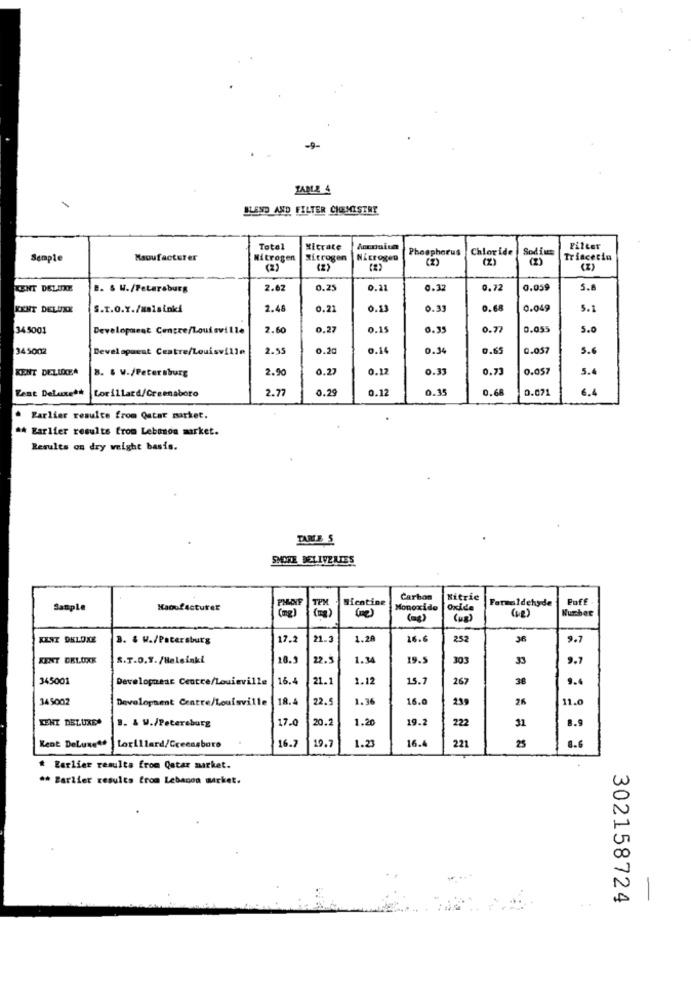
TABLE 4
BLEND AND FILTER CHEMISTRY
Total
Xitrate
Phosphorus
Chloride
Sod ins
Filter
Sample
Manufacturer
Nitrogen
Sitrogen
Nitrogen
(Z)
(2)
Triacerin
(2)
(2)
(Z)
CENT DELUXE
B. & H./Petersburg
2.62
0.25
0.21
0.32
0,72
0.059
5.8
KENT DELUXE
S.T.O.Y./malsinki
2.48
0.21
0.13
0.39
0.68
0.049
5.1
34 5001
Developarat Centre/Louisville
2.60
0.27
0.15
0.35
0.7
0,055
5.0
345002
Development Centre/Louisville
2.55
0.20
0.14
0.34
0.65
0.057
5.6
KENT DELLOCEA
8. & W./Petersburg
2.0
0.27
0.12
0.33
0.73
0.057
5.4
Kent Delaureth
2.77
0.29
0.12
0.35
0.68
0.071
6.4
Lorillard/Creenaboro
Earlier results from Qatar market.
* Earlier results from Lebanon market.
Results on dry weight basis.
TARTE 5
SMOKE DELIVERIES
PHINE
Bientine
Carbon
Nitric
Formaldehyde
Puff
Sample
Haoufacturer
Monoxide
Oxide
( up)
KENT DELUXE
3. & W./Petersburg
17.2
21.3
1.20
16.
252
36
9.7
KINT CKLUXE
S.T.D.T. /Helsinki
22.5
1.34
19.
303
33
9.7
345001
Development Centre/Louisville
16.4
21.1
1.12
15.1
267
38
9.
345002
Development Centre/Louisville
18.
22.5
1.36
16.6
239
26
11.0
KENT DELUXE
17.0
20.2
1.20
19.
222
31
B. & W./Petersburg
Kent DeLune4.
16.
19.7
1.23
16.
221
Lorillard/Greensboro
25
8.6
* Earlier results from Qatar market.
** Earlier results from Lebanon market.
302158724